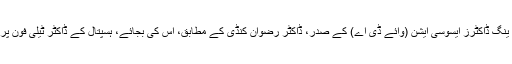
خیبرپختونخوا (کے پی) ینگ ڈاکٹرز ایسوسی ایشن (وائے ڈی اے) کے صدر، ڈاکٹر رضوان کنڈی کے مطابق، اس کی بجائے، ہسپتال کے ڈاکٹر ٹیلی فون پر مشورے دے رہے ہیں۔